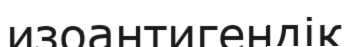
изоантигендік